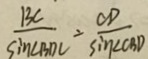
\frac { B C } { \sin \angle B D C } = \frac { O D } { \sin \angle C B D }